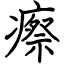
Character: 瘵